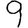
Digit: 9